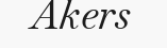
Akers